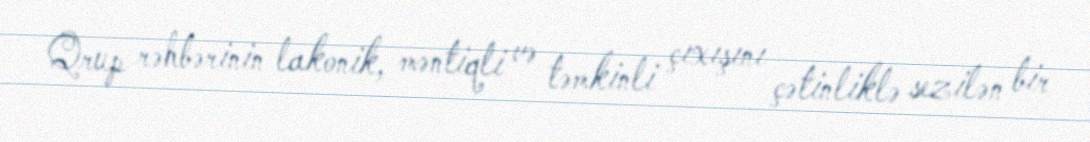
Qrup rəhbərinin lakonik, məntiqli və təmkinli çıxışını çətinliklə sezilən bir